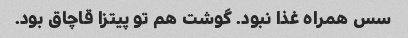
سس همراه غذا نبود. گوشت هم تو پیتزا قاچاق بود.